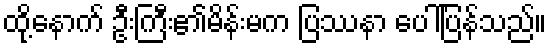
ထို့နောက် ဦးကြီး၏မိန်းမက ပြဿနာ ပေါ်ပြန်သည်။